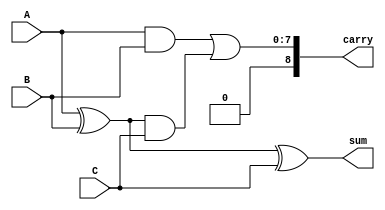
module ModifiedCarrySaveAdder #(parameter WIDTH = 8) (
    input  [WIDTH-1:0] A,      // First operand
    input  [WIDTH-1:0] B,      // Second operand
    input  [WIDTH-1:0] C,      // Third operand
    output [WIDTH-1:0] sum,     // Sum output
    output [WIDTH:0]   carry    // Carry output (WIDTH+1 bits)
);

// Internal wires for partial sums and carries
wire [WIDTH-1:0] sumAB, carryAB;
wire [WIDTH-1:0] sumABC, carryABC;

// Stage 1: Add A and B
assign sumAB = A ^ B;               // Partial sum of A and B
assign carryAB = A & B;             // Carry from A and B

// Stage 2: Add sumAB with C
assign sumABC = sumAB ^ C;          // Partial sum of (A + B) + C
assign carryABC = carryAB | (sumAB & C); // Combine carries

// Final output: Combine the final sum and carry
assign sum = sumABC;
assign carry = carryABC;

endmodule